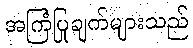
အကြံပြုချက်များသည်